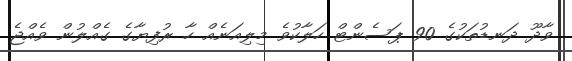
ވާދޫ ދަނޑުތަކުގެ 90 ޕަސެންޓް ހަލާކުވެ މިލިއަނެއް ހާ ރުފިޔާގެ ގެއްލުން ވެއްޖެ